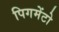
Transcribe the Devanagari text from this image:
पिगमेंटो